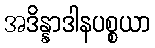
အဒိန္နာဒါနပစ္စယာ